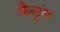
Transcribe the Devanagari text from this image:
कैन्टुंग